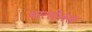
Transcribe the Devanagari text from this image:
मारसेलस